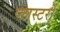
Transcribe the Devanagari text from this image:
प्लास्टरों